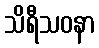
သိရီသဝနာ